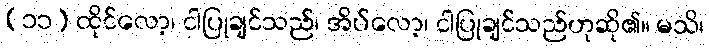
(၁၁) ထိုင်လော့၊ ငါပြုချင်သည်၊ အိပ်လော့၊ ငါပြုချင်သည်ဟုဆို၏။ မသိ၊